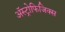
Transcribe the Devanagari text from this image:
अॅस्ट्रोफिजिक्स